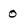
Character: 0